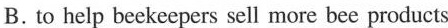
B. to help beekeepers sell more bee products